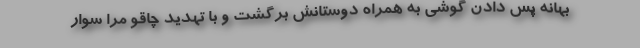
بهانه پس دادن گوشی به همراه دوستانش برگشت و با تهدید چاقو مرا سوار